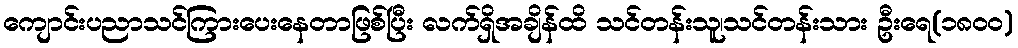
ကျောင်းပညာသင်ကြားပေးနေတာဖြစ်ပြီး လက်ရှိအချိန်ထိ သင်တန်းသူ၊သင်တန်းသား ဦးရေ(၁၈၀၀)